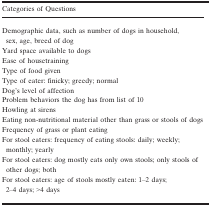
| Categories of Questions |
 | --- |
 | Demographic data, such as number of dogs in household, sex, age, breed of dog |
 | Yard space available to dogs |
 | Ease of housetraining |
 | Type of food given |
 | Type of eater: finicky; greedy; normal |
 | Dog's level of affection |
 | Problem behaviors the dog has from list of 10 |
 | Howling at sirens |
 | Eating non‐nutritional material other than grass or stools of dogs |
 | Frequency of grass or plant eating |
 | For stool eaters: frequency of eating stools: daily; weekly; monthly; yearly |
 | For stool eaters: dog mostly eats only own stools; only stools of other dogs; both |
 | For stool eaters: age of stools mostly eaten: 1–2 days; 2–4 days; >4 days |